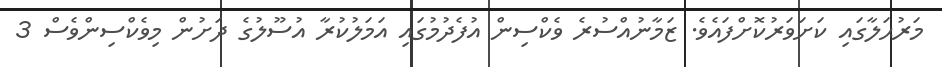
މަރުޙަލާގައި ކަށަވަރުކޮށްފައެވެ. ޒަމާނުއްސުރެ ވެކްސިން އުފެދުމުގައި އަމަލުކުރާ އުސޫލުގެ ދަށުން މިވެކްސިންވެސް 3